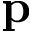
\mathbf { p }